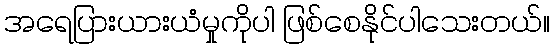
အရေပြားယားယံမှုကိုပါ ဖြစ်စေနိုင်ပါသေးတယ်။